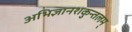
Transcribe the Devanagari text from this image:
अभिज्ञानशकुन्तलम्